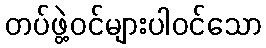
တပ်ဖွဲ့ဝင်များပါဝင်သော